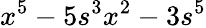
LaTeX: x^{5}-5s^{3}x^{2}-3s^{5}